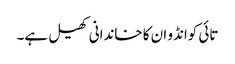
تائی کوانڈو ان کا خاندانی کھیل ہے۔